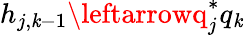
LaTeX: h_{j,\mathit{k}-1}\leftarrowq_{j}^{*}q_{\mathit{k}}